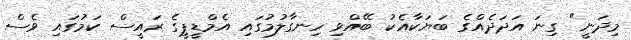
މިދަނީ" ގިނަ އަދަދެއްގެ ބަޔަކާއެކު ބޭއްވި ހިނގާލުމުގައި އެމްޑީޕީގެ ރައީސް ކަމުގައި ވެސް